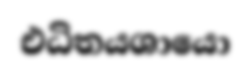
එධිතයශායො